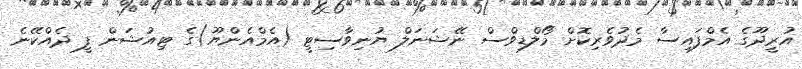
އުރީދޫގެ އެމްފައިސާ މެދުވެރިކޮށް މޯލްޑިވްސް ނޭޝަނަލް ޔުނިވާސިޓީ (އެމްއެންޔޫ)ގެ ޓިއުޝަން ފީ ދެއްކޭނެ